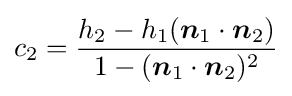
c_{2}={\frac {h_{2}-h_{1}({\boldsymbol {n}}_{1}\cdot {\boldsymbol {n}}_{2})}{1-({\boldsymbol {n}}_{1}\cdot {\boldsymbol {n}}_{2})^{2}}}